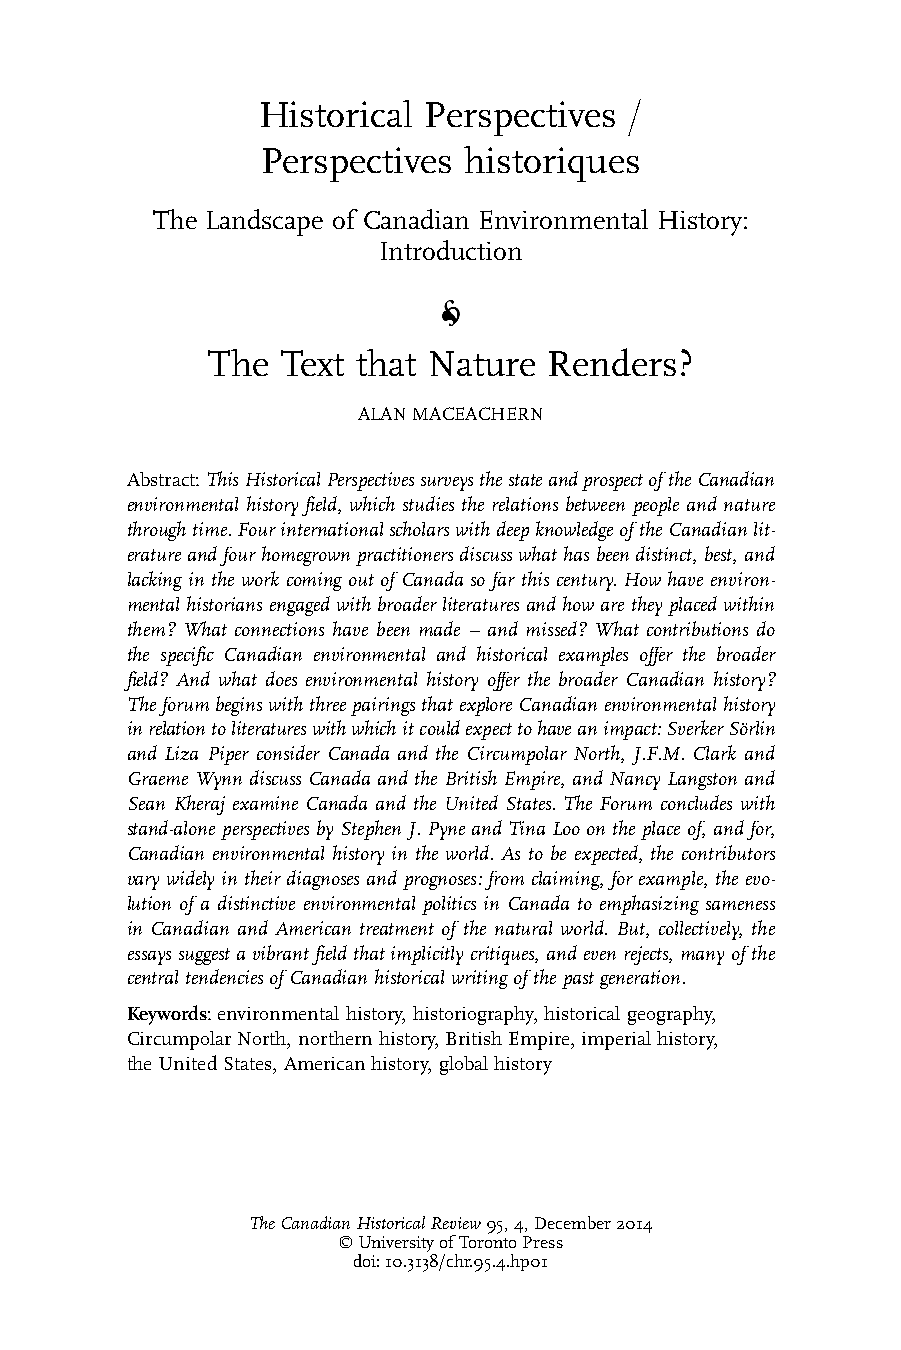
Historical Perspectives  /
 Perspectives  historiques
 The Landscape of Canadian Environmental History:
 Introduction
 The  Text that Nature Renders?
 ALANMACEACHERN
 Abstract:ThisHistoricalPerspectivessurveysthestateandprospectoftheCanadian
 environmental history field, which studies the relations between people and nature
 throughtime.FourinternationalscholarswithdeepknowledgeoftheCanadianlit-
 eratureandfourhomegrownpractitionersdiscusswhathasbeendistinct,best,and
 lacking in the work coming out of Canada so far this century. How have environ-
 mentalhistoriansengagedwithbroader literaturesandhowaretheyplacedwithin
 them? What connections have been made – and missed? What contributions do
 the specific Canadian environmental and historical examples offer the broader
 field? And what does environmental history offer the broader Canadian history?
 TheforumbeginswiththreepairingsthatexploreCanadianenvironmentalhistory
 inrelationtoliteratureswithwhichitcouldexpecttohaveanimpact:SverkerSo¨rlin
 and Liza Piper consider Canada and the Circumpolar North, J.F.M. Clark and
 Graeme Wynn discuss Canada and the British Empire, and Nancy Langston and
 Sean Kheraj examine Canada and the United States. The Forum concludes with
 stand-alone perspectives byStephen J. Pyne andTinaLoo on the placeof, and for,
 Canadian environmental history in the world. As to be expected, the contributors
 vary widely in their diagnoses and prognoses: from claiming, for example, the evo-
 lution of a distinctive environmental politics in Canada to emphasizing sameness
 in Canadian and American treatment of the natural world. But, collectively, the
 essayssuggestavibrantfieldthatimplicitlycritiques,andevenrejects,manyofthe
 centraltendenciesofCanadianhistoricalwritingofthepastgeneration.
 Keywords:environmentalhistory,historiography,historicalgeography,
 CircumpolarNorth,northernhistory,BritishEmpire,imperialhistory,
 theUnitedStates,Americanhistory,globalhistory
 TheCanadianHistoricalReview95,4,December2014
 6UniversityofTorontoPress
 doi:10.3138/chr.95.4.hp01